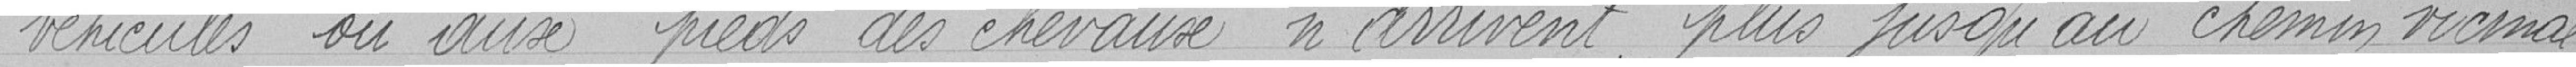
véhicules ou aux pieds des chevaux n'arrivent plus jusqu'au chemin vicinal.